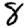
Digit: 8